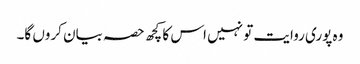
وہ پوری روایت تو نہیں اس کا کچھ حصہ بیان کروں گا۔